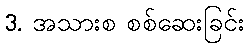
3. အသားစ စစ်ဆေးခြင်း